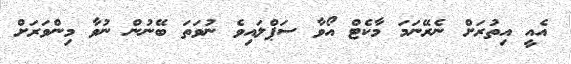
އެއީ އިތުރަށް ނެރޭނަމަ މާކެޓް އޯވާ ސަޕްލައިވެ ނުވަތަ ބޭނުން ނުވާ މިންވަރަށް